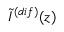
\tilde { I } ^ { ( d i f ) } ( z )